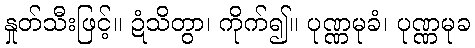
နှုတ်သီးဖြင့်။ ဍံသိတွာ၊ ကိုက်၍။ ပုဏ္ဏမုခံ၊ ပုဏ္ဏမုခ